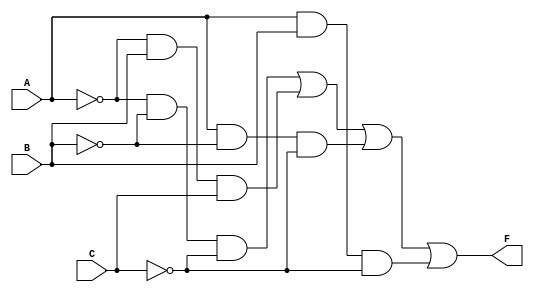
module kmap_3var (
    input wire A,     // Input variable A
    input wire B,     // Input variable B
    input wire C,     // Input variable C
    output wire F     // Output variable F
);

// Combinational logic for F based on the simplified expression
assign F = (~A & ~B & ~C) | (~A & B & C) | (A & ~B & ~C) | (A & B & ~C);

endmodule